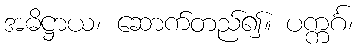
အဓိဋ္ဌာယ၊ ဆောက်တည်၍။ ပက္ကင်္ဂ၊